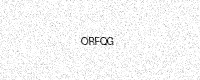
Text: ORFQG